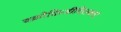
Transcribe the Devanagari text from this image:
वक्रोक्तिजीवितकार